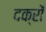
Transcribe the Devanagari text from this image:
दक्रों